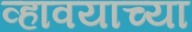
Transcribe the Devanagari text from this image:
व्हावयाच्या